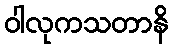
ဝါလုကသတာနိ